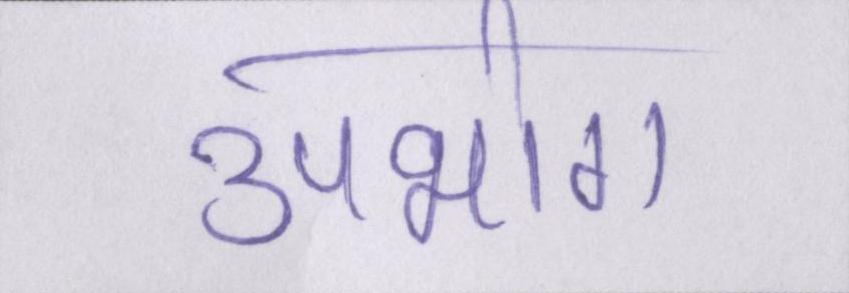
उपभोग